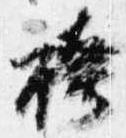
袴